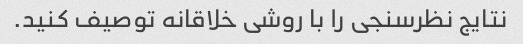
نتایج نظرسنجی را با روشی خلاقانه توصیف کنید.